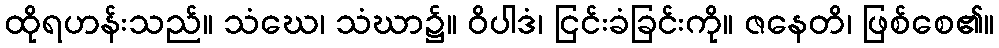
ထိုရဟန်းသည်။ သံဃေ၊ သံဃာ၌။ ဝိပါဒံ၊ ငြင်းခံခြင်းကို။ ဇနေတိ၊ ဖြစ်စေ၏။